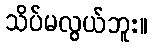
သိပ်မလွယ်ဘူး။